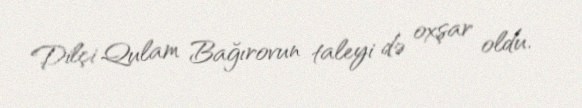
Dilçi Qulam Bağırovun taleyi də oxşar oldu.